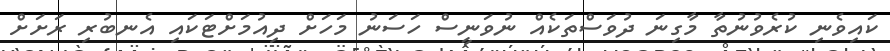
ކައިވެނި ކުރެވުނުތާ މާގިނަ ދުވަސްތަކެއް ނުވަނީސް ހަސަނު މަހަށް ދިއުމަށްޓަކައި އެނބުރި ރަށަށް